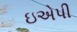
ઇએપી